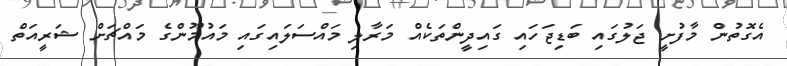
އެގޮތުން މާފުށީ ޖަލުގައި ބަޑިޖަހައި ގައިދީންތަކެއް މަރާލި މައްސަލައިގައި މައުމޫންގެ މައްޗަށް ޝަރީއަތް